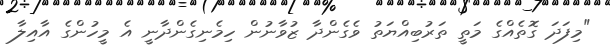
"މިފަދަ ގޮތެއްގެ މަތީ ތަރުބިއްޔަތު ވެގެންދާ ޒުވާނުން ހިމެނިގެންދާނީ އެ މީހުންގެ އާއިލާ